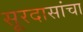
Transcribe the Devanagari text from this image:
सूरदासांचा